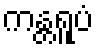
ကန္တရူပံ